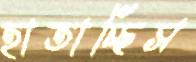
হাতাচ্ছিস